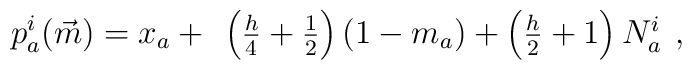
p_{a}^{i}(\vec{m})=x_{a}+ \begin{array}{c} \left( \frac{h}{4}+\frac{1}{2}\right) \left( 1-m_a\right) +\left( \frac{h}{2}+1\right) N_{a}^{i} \end{array} ,